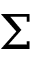
\Sigma